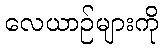
လေယာဉ်များကို